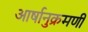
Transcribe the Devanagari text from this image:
आर्षानुक्रमणी